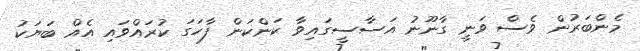
މެންބަރުން ވެސް ވަނީ ގާނޫނު އަސާސީގައިވާ ކަންކަން ފާހަގަ ކުރައްވައި އެއް ބަޔަކު